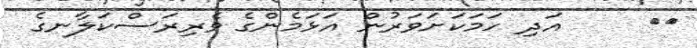
١٤     އަދި ހަމަކަށަވަރުން އަޅަމެންގެ ވެރިރަސްކަލާނގެ